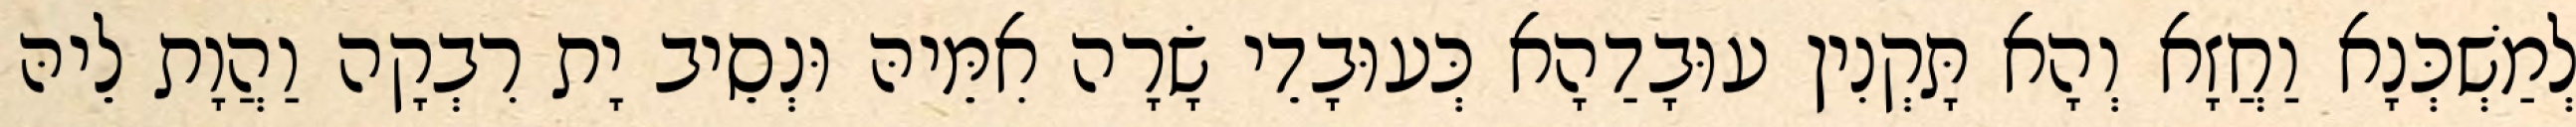
לְמַשְׁכְּנָא וַחֲזָא וְהָא תָּקְנִין עוּבָדַהָא כְּעוּבָדֵי שָׂרָה אִמֵּיהּ וּנְסֵיב יָת רִבְקָה וַהֲוָת לֵיהּ